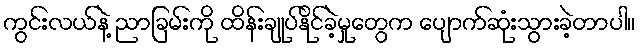
ကွင်းလယ်နဲ့ ညာခြမ်းကို ထိန်းချုပ်နိုင်ခဲ့မှုတွေက ပျောက်ဆုံးသွားခဲ့တာပါ။